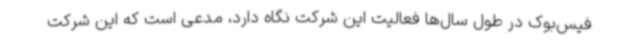
فیس‌بوک در طول سال‌ها فعالیت این شرکت نگاه دارد، مدعی است که این شرکت